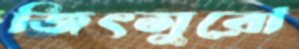
জিৎসুরো